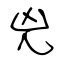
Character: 兇